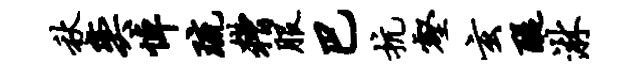
秋奕悼琉糟服巴抗壑玄醍淋